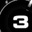
Digit: 3